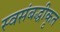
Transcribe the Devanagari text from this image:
स्वसंबद्धीकृत